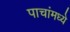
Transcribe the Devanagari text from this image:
पाचांमध्ये